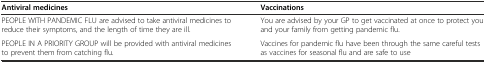
<table><thead><tr><td><b>Antiviral medicines</b></td><td><b>Vaccinations</b></td></tr></thead><tbody><tr><td>PEOPLE WITH PANDEMIC FLU are advised to take antiviral medicines to reduce their symptoms, and the length of time they are ill.</td><td>You are advised by your GP to get vaccinated at once to protect you and your family from getting pandemic flu.</td></tr><tr><td>PEOPLE IN A PRIORITY GROUP will be provided with antiviral medicines to prevent them from catching flu.</td><td>Vaccines for pandemic flu have been through the same careful tests as vaccines for seasonal flu and are safe to use</td></tr></tbody></table>